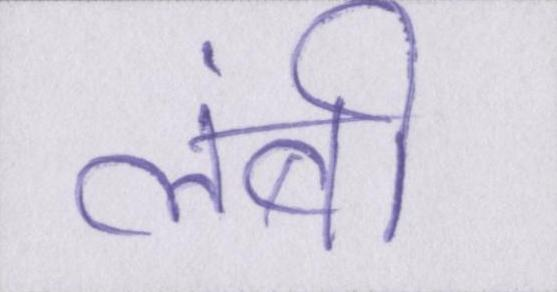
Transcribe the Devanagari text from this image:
लंबी